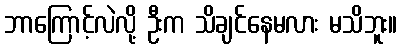
ဘာကြောင့်လဲလို့ ဦးက သိချင်နေမလား မသိဘူး။